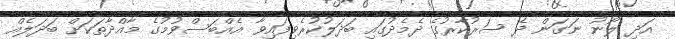
އަދި ލޯނު ނަގަން ދެ ސަރުކާރުގެ ދެމެދުގައި ބަދަލުކުރެވިފައިވާ އެއްބަސްވުމުގެ މާއްދާތަކަށް ބަދަލެއް